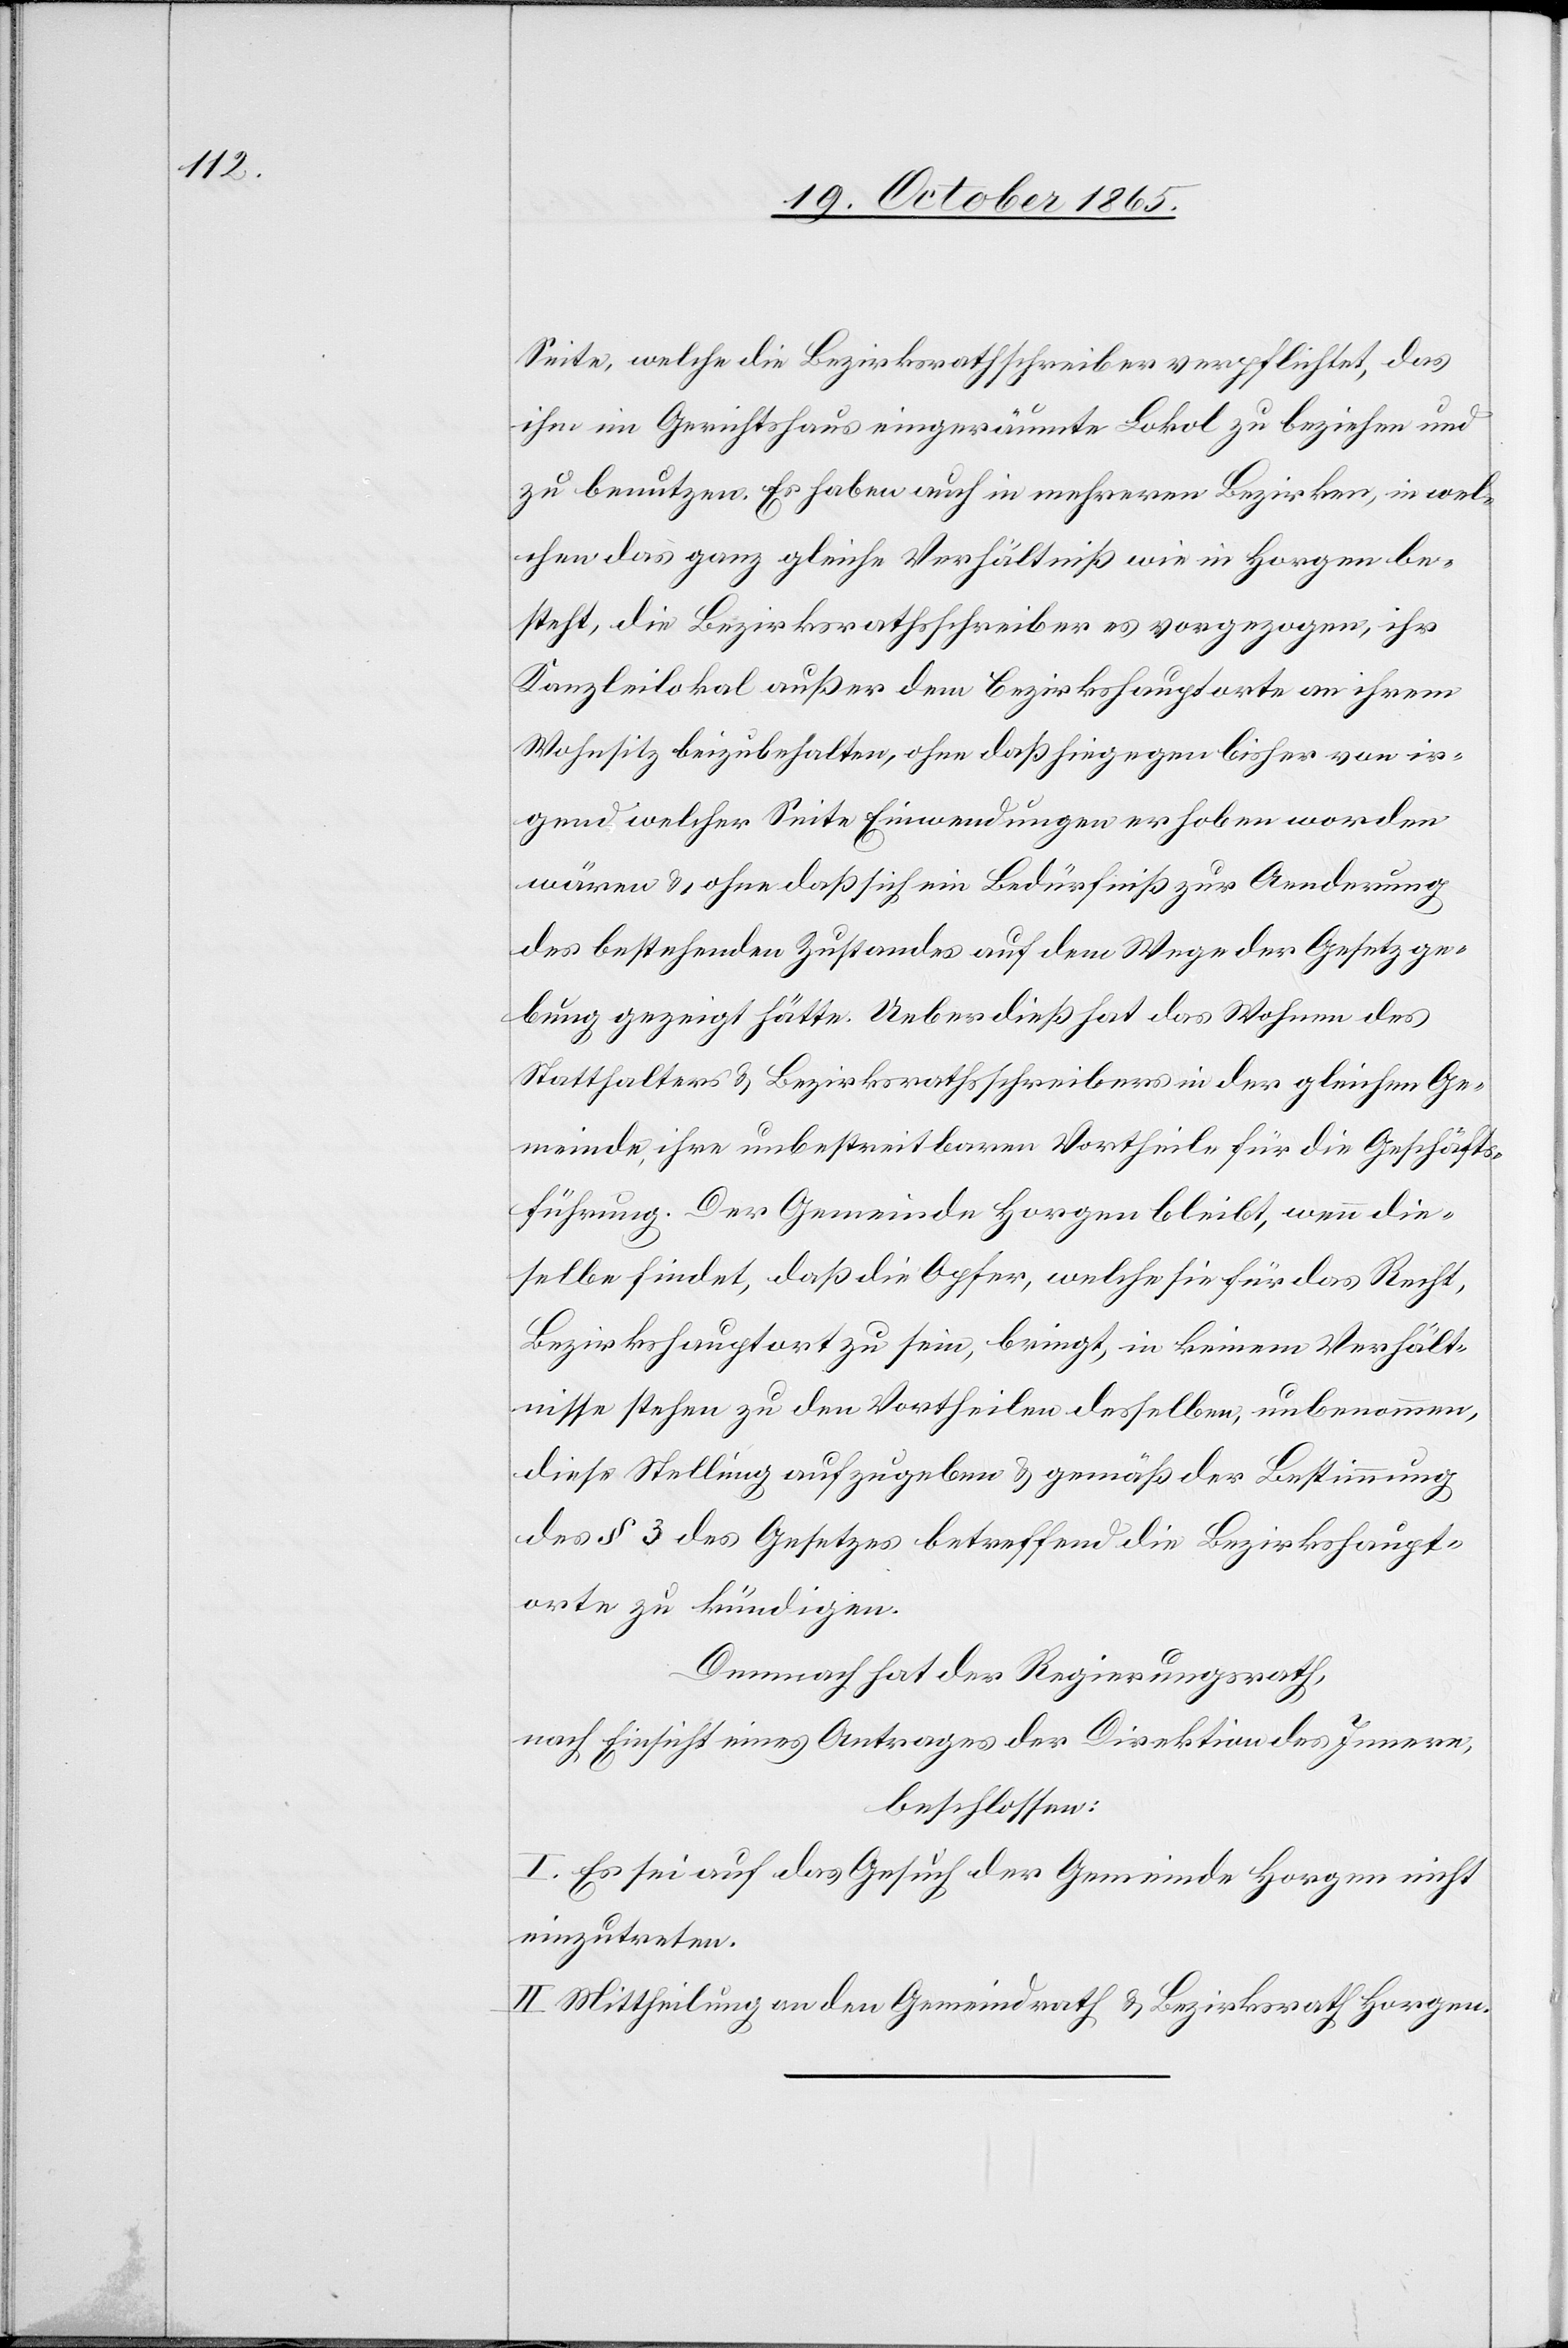
ihm im Gerichtshaus eingeräumte Lokal zu beziehen und
zu benutzen. Es haben auch in mehreren Bezirken, in wel¬
chen das ganz gleiche Verhältniß wie in Horgen be¬
steht, die Bezirksrathsschreiber es vorgezogen, ihr
Kanzleilokal außer dem Bezirkshauptorte an ihrem
Wohnsitz beizubehalten, ohne daß hiegegen bisher von ir¬
gend welcher Seite Einwendungen erhoben worden
wären & ohne daß sich ein Bedürfniß zur Aenderung
des bestehenden Zustandes auf dem Wege der Gesetzge¬
bung gezeigt hätte. Ueberdieß hat das Wohnen des
Statthalters & Bezirksrathsschreibers in der gleichen Ge¬
meinde ihre unbestreitbaren Vortheile für die Geschäfts¬
führung. Der Gemeinde Horgen bleibt, wenn die¬
selbe findet, daß die Opfer, welche sie für das Recht,
Bezirkshauptort zu sein, bringt, in keinem Verhält¬
nisse stehen zu den Vortheilen desselben, unbenommen,
diese Stellung aufzugeben & gemäß der Bestimmung
des § 3 des Gesetzes betreffend die Bezirkshaupt¬
orte zu kündigen.
Demnach hat der Regierungsrath,
nach Einsicht eines Antrages der Direktion des Innern,
beschlossen:
I. Es sei auf das Gesuch der Gemeinde Horgen nicht
einzutreten.
II. Mittheilung an den Gemeindrath & Bezirksrath Horgen.